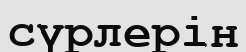
сүрлерін